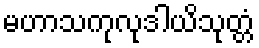
မဟာသကုလုဒါယိသုတ္တံ